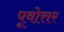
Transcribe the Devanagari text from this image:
पूवोत्तर